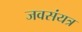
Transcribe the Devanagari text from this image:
जवसंयत्र